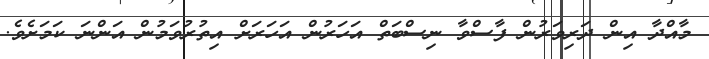
މާއްދާ އިން ދަރިވަރުން ފާސްވާ ނިސްބަތް އަހަރުން އަހަރަށް އިތުރުވަމުން އަންނަ ކަމަށެވެ.